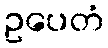
ဥပေတံ